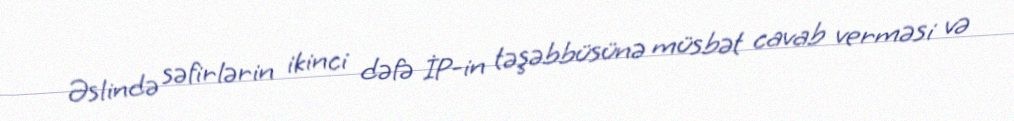
Əslində səfirlərin ikinci dəfə İP-in təşəbbüsünə müsbət cavab verməsi və